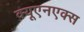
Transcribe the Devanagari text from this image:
क्यूएनएक्स